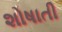
શોષાતી